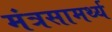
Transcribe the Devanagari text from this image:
मंत्रसामर्थ्य